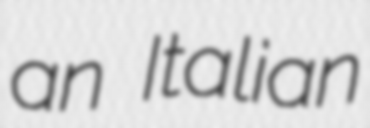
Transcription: an Italian